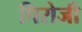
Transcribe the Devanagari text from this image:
पिरोजी